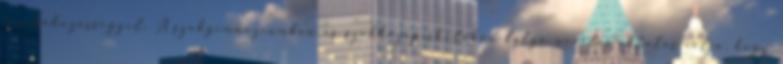
munkaközösséggel. A szakgimnáziumban és szakközépiskolában folyó nevelés-oktatás célja, hogy